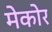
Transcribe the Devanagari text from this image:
मेकोर